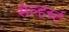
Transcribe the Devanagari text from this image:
सेल्हर्स्ट